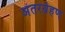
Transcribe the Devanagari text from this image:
अंतरर्ग्रहण